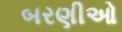
બરણીઓ